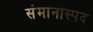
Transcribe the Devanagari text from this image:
संमानास्पद